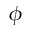
\phi